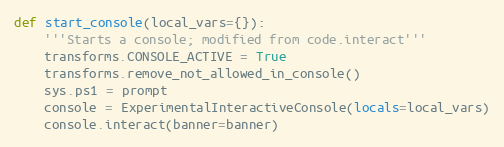
Language: Python
def start_console(local_vars={}):
    '''Starts a console; modified from code.interact'''
    transforms.CONSOLE_ACTIVE = True
    transforms.remove_not_allowed_in_console()
    sys.ps1 = prompt
    console = ExperimentalInteractiveConsole(locals=local_vars)
    console.interact(banner=banner)